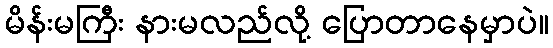
မိန်းမကြီး နားမလည်လို့ ပြောတာနေမှာပဲ။